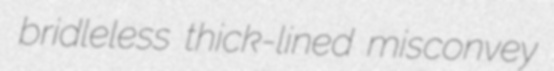
bridleless thick-lined misconvey